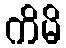
ကိမိ